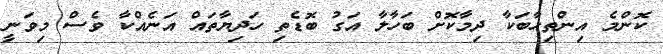
ކޮންމެ އިންތިހާބަކާ ދިމާކޮށް ބަހާލާ އަގު ބޮޑެތި ހަދިޔާތައް އަނެއްކާ ވެސް މިވަނީ